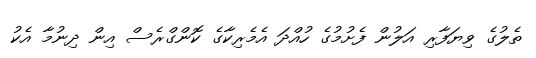
ތެލުގެ ވިޔަފާރި އަލުން ފެށުމުގެ ހުއްދަ އެމެރިކާގެ ކޮންގްރެސް އިން ދިނުމާ އެކު